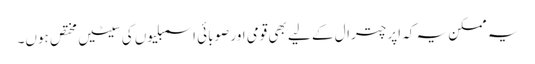
یہ ممکن یہ کہ اپر چترال کے لیے بھی قومی اور صوبائی اسمبلیوں کی سیٹیں مختص ہوں۔